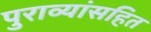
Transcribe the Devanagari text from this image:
पुराव्यांसहित